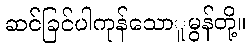
ဆင်ခြင်ပါကုန်သောူမွန်တို့။